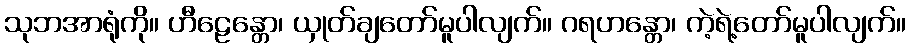
သုဘအာရုံကို။ ဟီဠေန္တော၊ ယှုတ်ချတော်မူပါလျက်။ ဂရဟန္တော၊ ကဲ့ရဲ့တော်မူပါလျက်။